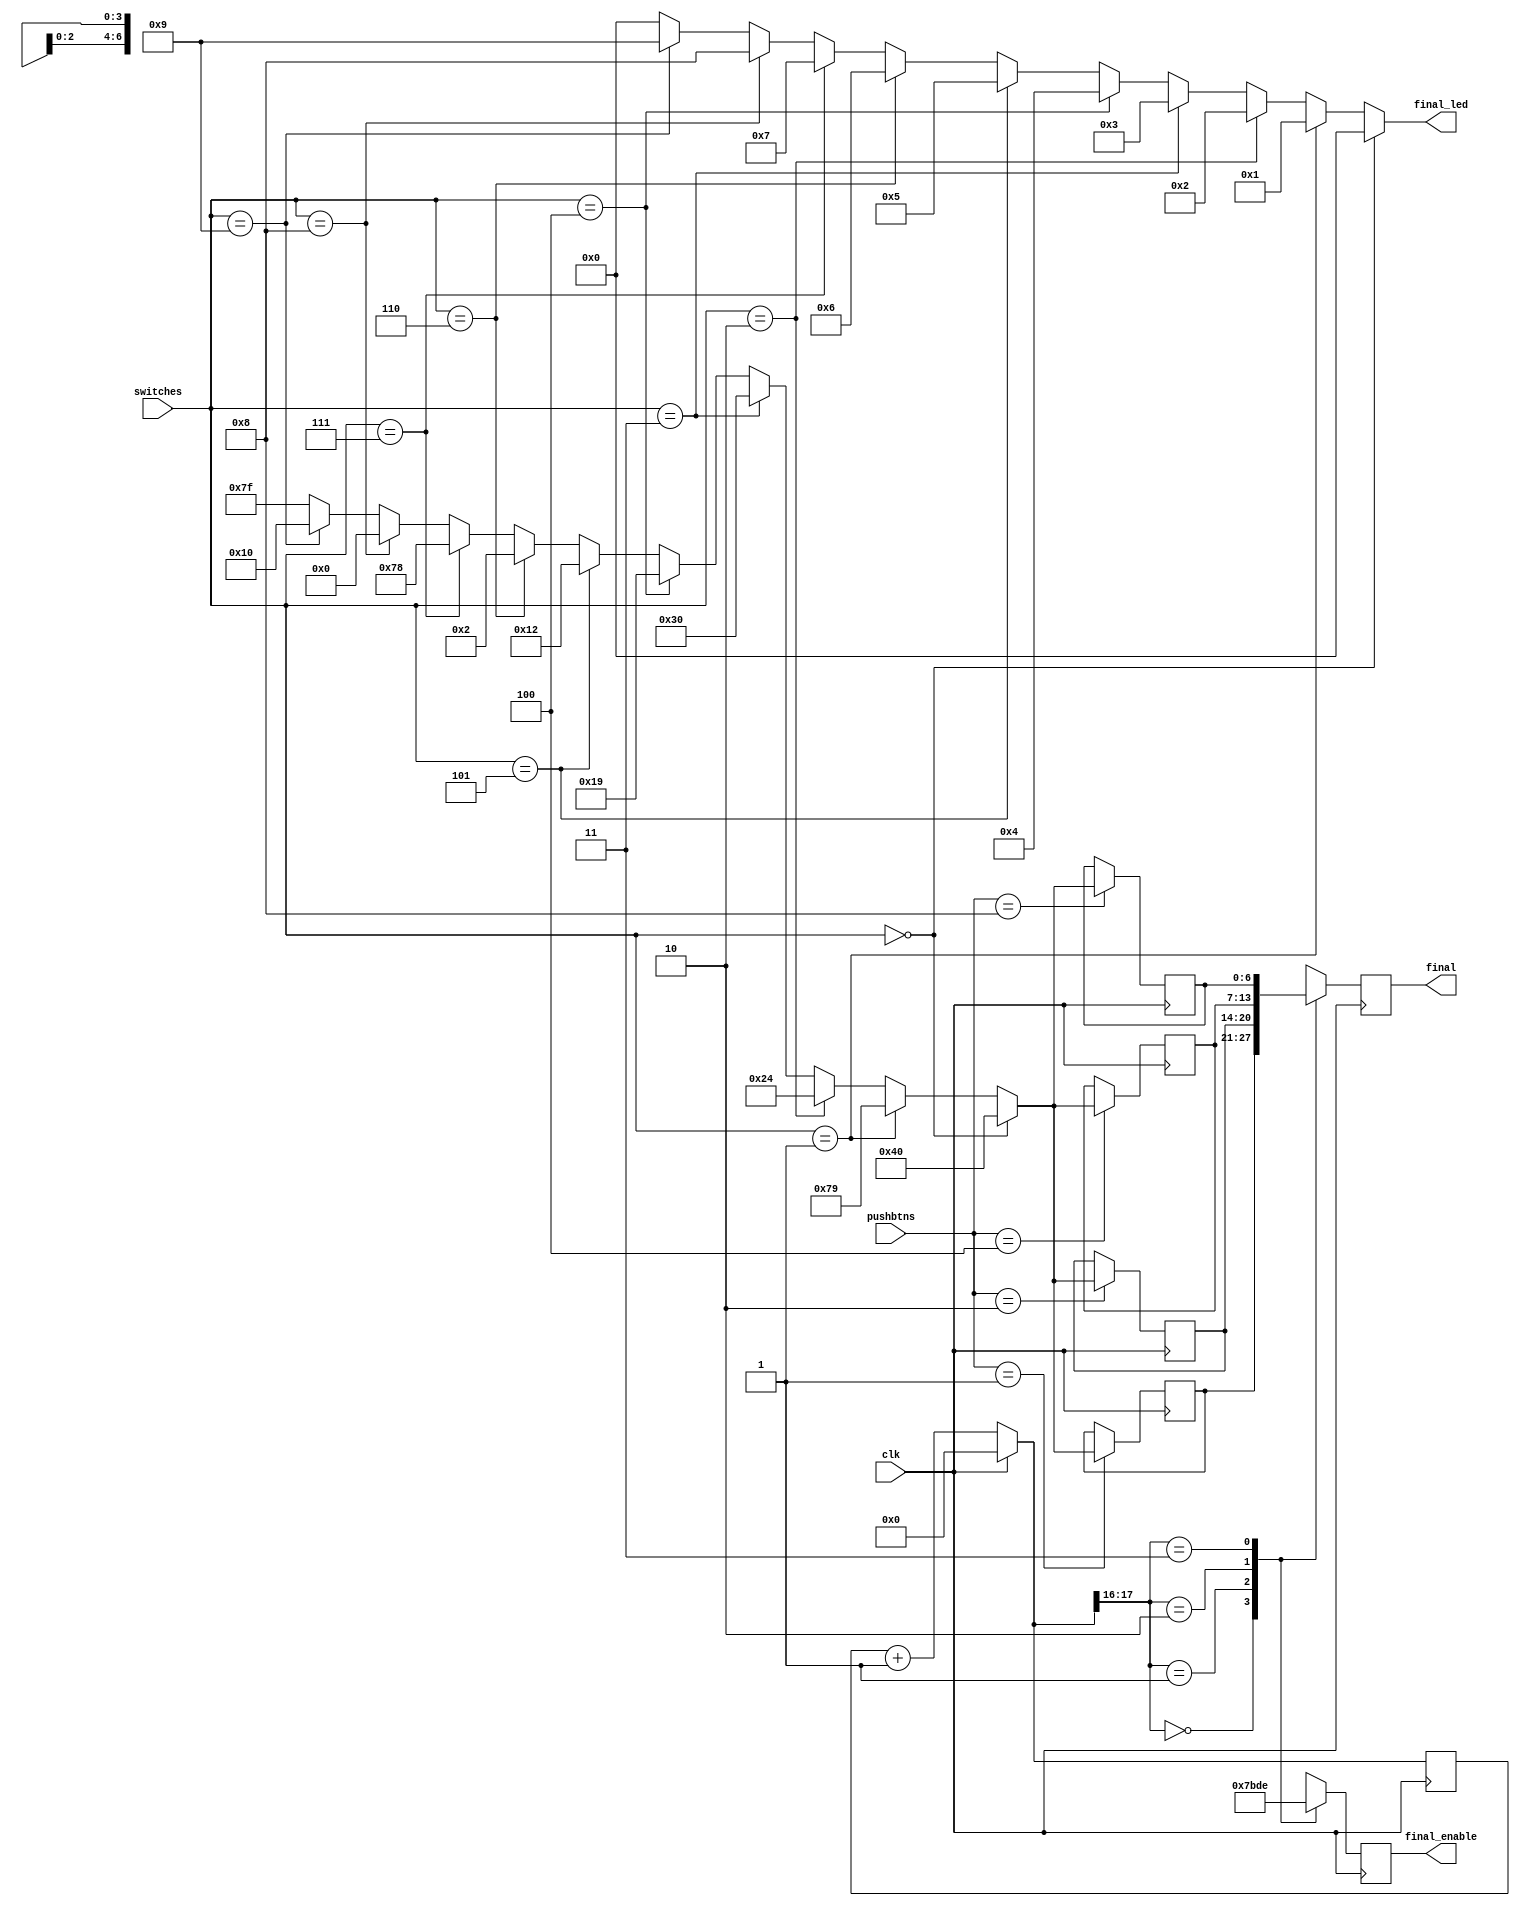
module proj(
input [3:0] switches,
input [3:0] pushbtns,
input clk,
output [3:0] final_led,
output [6:0] final,
output [3:0] final_enable
);
 
 reg [17:0] counter;
 reg [3:0] temp_led; 
 reg [3:0] temp_enable = 4'b1111;
 reg [6:0] temp_ssd=7'b1111111;
 reg [6:0] ssd_1=7'b1111111;
 reg [6:0] ssd_2=7'b1111111;
 reg [6:0] ssd_3=7'b1111111;
 reg [6:0] ssd_4=7'b1111111;
 reg [6:0] final_ssd=7'b1111111;

always @ (switches) begin
	if(switches==4'b0000) 
		begin
			temp_led = 'h0; 
			temp_ssd = 7'b1000000; 
		end
	else if(switches==4'b0001)
		begin
			temp_led = 'h1; 
			temp_ssd = 7'b1111001; 
		end
	else if(switches==4'b0010)
		begin 
			temp_led = 'h2; 
			temp_ssd = 7'b0100100; 
		end
	else if(switches==4'b0011)
		begin 
		 	temp_led = 'h3; 
		 	temp_ssd = 7'b0110000; 
		end
	else if(switches==4'b0100)
		begin 
			temp_led = 'h4; 
		 	temp_ssd = 7'b0011001; 
		end
	else if(switches==4'b0101)
		begin 
			temp_led = 'h5; 
			temp_ssd = 7'b0010010; 
		end
	else if(switches==4'b0110)
		begin 
			temp_led = 'h6; 
			temp_ssd = 7'b0000010; 
		end
	else if(switches== 4'b0111)
		begin 
			temp_led = 'h7; 
			temp_ssd = 7'b1111000; 
		end
	else if(switches== 4'b1000)
		begin 
			temp_led = 'h8; 
			temp_ssd = 7'b0000000; 
		end
	else if(switches== 4'b1001)
		begin 
 			temp_led = 'h9; 
 			temp_ssd = 7'b0010000; 
		end
	else
		begin
			temp_led = 4'b0000; 
		 	temp_ssd = 7'b1111111;
		end
end 
 
always @ (posedge clk) begin

	if (clk)   
		counter = 0;  
	else   
		counter = counter + 1;
		
	case(counter[17:16])   
		2'b00: begin
     		final_ssd = ssd_1;
     		temp_enable = 4'b0111;
    	end    
   
		2'b01: begin
     		final_ssd = ssd_2;
     		temp_enable = 4'b1011;
    	end    
   
		2'b10: begin
     		final_ssd = ssd_3;
     		temp_enable = 4'b1101;
    	end     
   
		2'b11: begin
     		final_ssd = ssd_4;
     		temp_enable = 4'b1110;
    	end 
	endcase
	
	case(pushbtns)
		4'b0001: ssd_1 = temp_ssd;
		4'b0010: ssd_2 = temp_ssd;
		4'b0100: ssd_3 = temp_ssd;
		4'b1000: ssd_4 = temp_ssd;
	endcase	
	
end

assign final_led = temp_led;
assign final= final_ssd;
assign final_enable = temp_enable;

endmodule